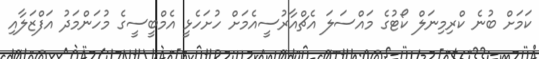
ކަމަށް ބުނެ ކްރިމިނަލް ކޯޓުގެ މައްސަލަ އެޗްއާރުސީއެމަށް ހުށަހެޅީ އެމްބީސީގެ މުހަންމަދު އަފްޒަލާއި